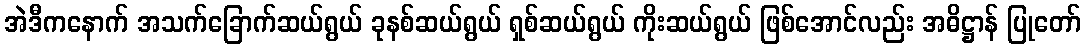
အဲဒီကနောက် အသက်ခြောက်ဆယ်ရွယ် ခုနစ်ဆယ်ရွယ် ရှစ်ဆယ်ရွယ် ကိုးဆယ်ရွယ် ဖြစ်အောင်လည်း အဓိဋ္ဌာန် ပြုတော်